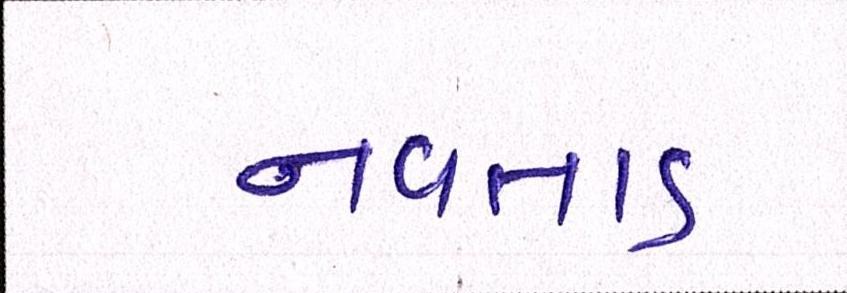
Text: નવતાડ